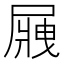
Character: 𡲿